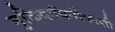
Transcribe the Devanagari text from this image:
मुक्तिदायिनीकाशी